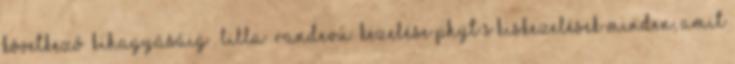
következő „kihagyásáig”. Lilla “randevú” kezelése Phyt’s kiskezelések Minden, amit